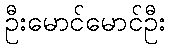
ဦးမောင်မောင်ဦး